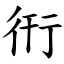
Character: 衎